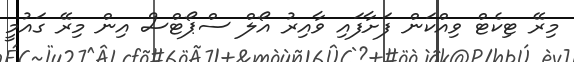
މިރޭ ޓިކެޓް ވިއްކަން ފަށާފައި ވާއިރު އޯލް ސްޕޯޓްސް އިން މިރޭ ގައުމީ